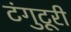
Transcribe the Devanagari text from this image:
टंगुटूरी